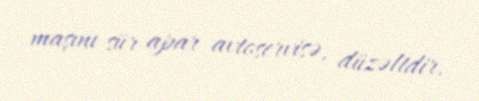
maşını sür apar avtoservisə, düzəltdir.